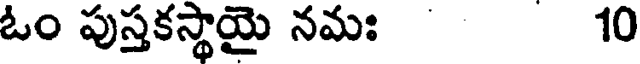
ఓం పుస్తకస్థాయై నమః 10